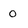
Character: o